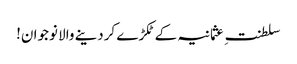
سلطنتِ عثمانیہ کے ٹکڑے کردینے والا نوجوان!